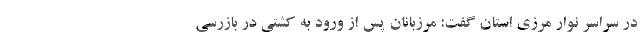
در سراسر نوار مرزی استان گفت: مرزبانان پس از ورود به کشتی در بازرسی